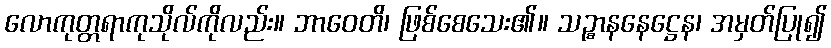
လောကုတ္တရာကုသိုလ်ကိုလည်း။ ဘာဝေတိ၊ ဖြစ်စေသေး၏။ သဉ္စာနနေဋ္ဌေန၊ အမှတ်ပြု၍